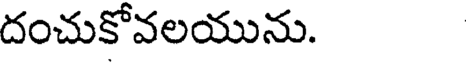
దంచుకోవలయును.